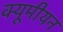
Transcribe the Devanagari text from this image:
क्यूमीयन